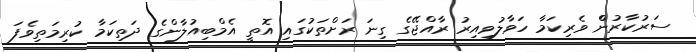
ސަރުކާރުންް ވެރިކަމާ ހަވާލުވިއިރު ރާއްޖޭގެ ގިނަ ރަށްތަކުގައި އޮތީ އެމްބިއުލާންގެ ދަތިކަމާ ކުރިމަތިވެފަ